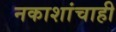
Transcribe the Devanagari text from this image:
नकाशांचाही